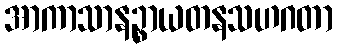
အာကာသာနဉ္စာယတနသဟဂတာ